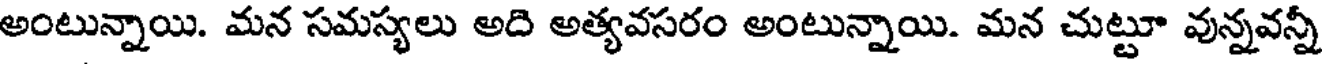
అంటున్నాయి. మన సమస్యలు అది అత్యవసరం అంటున్నాయి. మన చుట్టూ వున్నవన్నీ